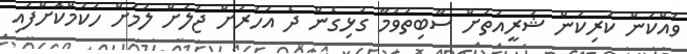
ވައްކަން ކުރިކަން ޝަރީއަތަށް ސާބިތުވުމާ ގުޅިގެން ދެ އަހަރަށް ޖަލަށް ލުމަށް ހުކުމްކޮށްފައި